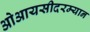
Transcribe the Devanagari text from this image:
ओआयसीदरम्यान